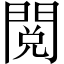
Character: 閲